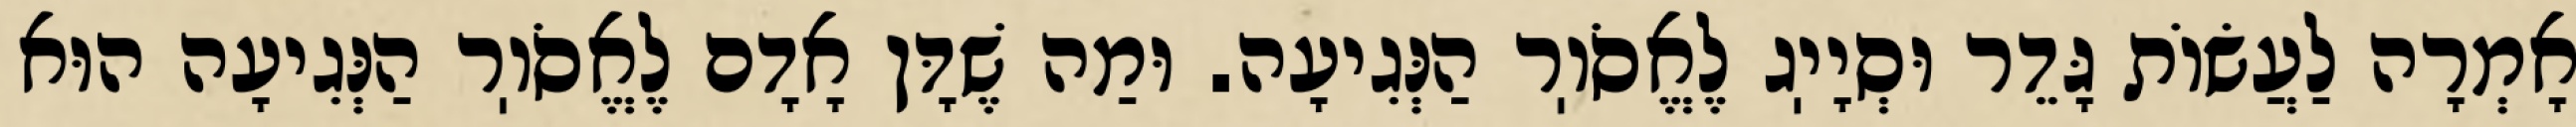
אָמְרָה לַעֲשׂוֹת גָּדֵר וּסְיָיֽג לֶאֱסֹוֽר הַנְּגִיעָה. וּמַה שֶׁדָּן אָדָם לֶאֱסֹוֽר הַנְּגִיעָה הוּא